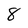
Character: 8